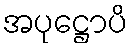
အပုဋ္ဌောပိ